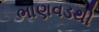
ભાણવડથી